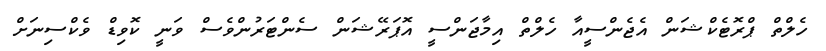
ހެެލްތް ޕްރޮޓެކްޝަން އެޖެންސީއާ ހެލްތް އިމާޖަންސީ އޮޕަރޭޝަން ސެންޓަރުންވެސް ވަނީ ކޮވިޑް ވެކްސިނަށް